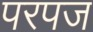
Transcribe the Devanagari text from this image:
परपज